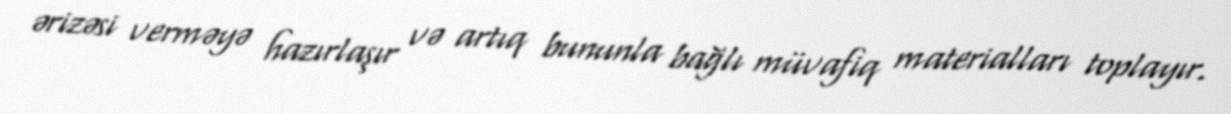
ərizəsi verməyə hazırlaşır və artıq bununla bağlı müvafiq materialları toplayır.